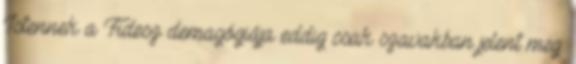
Istennek a Fidesz demagógiája eddig csak szavakban jelent meg.